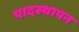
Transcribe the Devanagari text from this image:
पादस्थापन